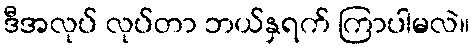
ဒီအလုပ် လုပ်တာ ဘယ်နှရက် ကြာပါမလဲ။